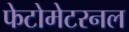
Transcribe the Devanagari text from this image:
फेटोमेटरनल